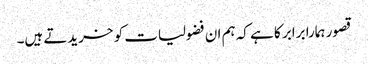
قصور ہمارا برابر کا ہے کہ ہم ان فضولیات کو خریدتے ہیں۔